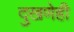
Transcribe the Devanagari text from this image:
दुखणेही